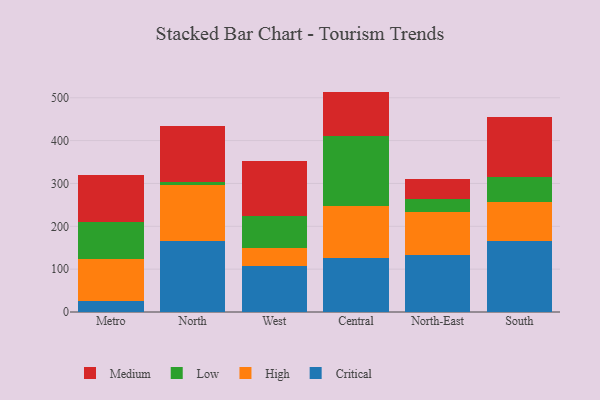
{"axis": {"x": "Region", "y": "Gross Profit (USD K)"}, "legend": ["Critical", "High", "Low", "Medium"], "data": [{"x": "Metro", "y": 26.4, "type": "Critical"}, {"x": "Metro", "y": 97.3, "type": "High"}, {"x": "Metro", "y": 87.2, "type": "Low"}, {"x": "Metro", "y": 109.7, "type": "Medium"}, {"x": "North", "y": 166.1, "type": "Critical"}, {"x": "North", "y": 130.1, "type": "High"}, {"x": "North", "y": 6.4, "type": "Low"}, {"x": "North", "y": 132.1, "type": "Medium"}, {"x": "West", "y": 106.4, "type": "Critical"}, {"x": "West", "y": 42.6, "type": "High"}, {"x": "West", "y": 75.6, "type": "Low"}, {"x": "West", "y": 126.8, "type": "Medium"}, {"x": "Central", "y": 124.9, "type": "Critical"}, {"x": "Central", "y": 122.6, "type": "High"}, {"x": "Central", "y": 162.7, "type": "Low"}, {"x": "Central", "y": 104.2, "type": "Medium"}, {"x": "North-East", "y": 132.0, "type": "Critical"}, {"x": "North-East", "y": 101.0, "type": "High"}, {"x": "North-East", "y": 30.9, "type": "Low"}, {"x": "North-East", "y": 46.0, "type": "Medium"}, {"x": "South", "y": 165.2, "type": "Critical"}, {"x": "South", "y": 90.9, "type": "High"}, {"x": "South", "y": 58.8, "type": "Low"}, {"x": "South", "y": 139.6, "type": "Medium"}]}